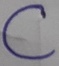
Text: C